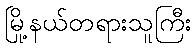
မြို့နယ်တရားသူကြီး